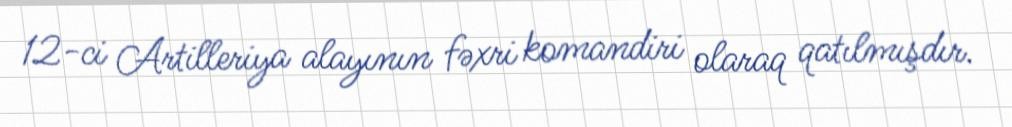
12-ci Artilleriya alayının fəxri komandiri olaraq qatılmışdır.